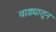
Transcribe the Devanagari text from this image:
वाड्यातून